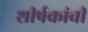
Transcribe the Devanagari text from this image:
शीर्षकांची